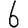
Digit: 6